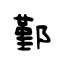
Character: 鄞